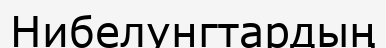
Нибелунгтардың